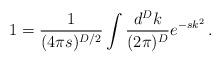
LaTeX: \begin{align*}1=\frac{1}{(4\pi s)^{D/2}}\int\frac{d^{D}k}{(2\pi)^{D}} e^{-s k^{2}}\, .\end{align*}